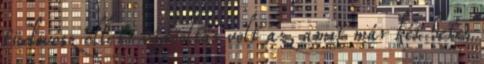
tüdõvész elleni védõoltás volt az, amit már két hetes